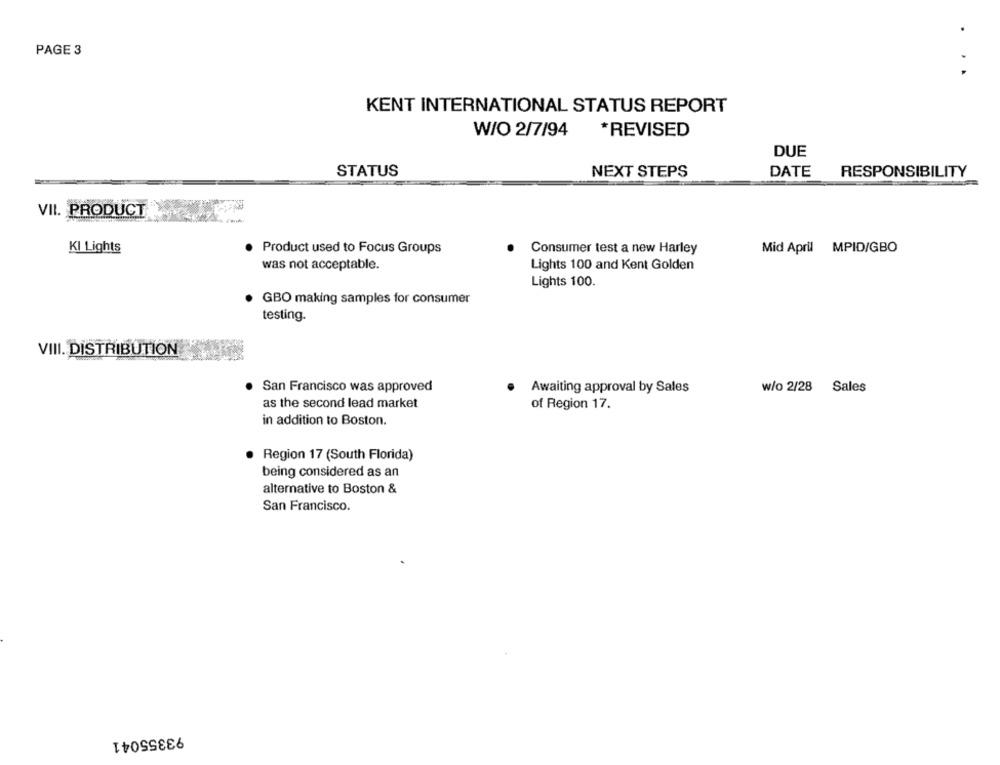
PAGE 3
.
KENT INTERNATIONAL STATUS REPORT
W/O 2/7/94
*REVISED
DUE
STATUS
NEXT STEPS
DATE
RESPONSIBILITY
VII. PRODUCT
Kl Lights
Product used to Focus Groups
Consumer test a new Harley
Mid April MPID/GBO
was not acceptable.
Lights 100 and Kent Golden
Lights 100.
·GBO making samples for consumer
testing.
VIII. DISTRIBUTION
San Francisco was approved
Awaiting approval by Sales
w/o 2/28 Sales
as the second lead market
of Region 17.
in addition to Boston.
· Region 17 (South Florida)
being considered as an
alternative to Boston &
San Francisco.
93355041